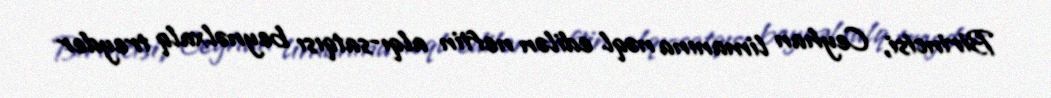
Birincisi, Ceyhan limanına nəql edilən neftin alqı-satqısı beynəlxalq treyder